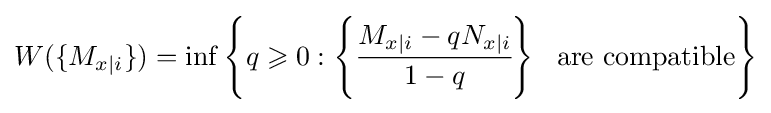
W(\{M_{x|i}\})=\inf \left\{q\geqslant 0:\left\{{\cfrac {M_{x|i}-qN_{x|i}}{1-q}}\right\}\ \ {\text{are compatible}}\right\}